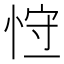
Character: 𢚍